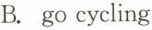
B. go cycling